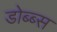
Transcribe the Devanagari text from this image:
डोब्ब्स